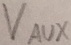
Text: VAUX